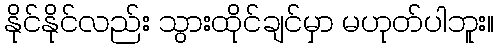
နိုင်နိုင်လည်း သွားထိုင်ချင်မှာ မဟုတ်ပါဘူး။